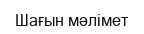
Шағын мәлімет